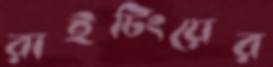
রাইটিংয়ের